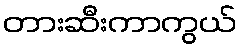
တားဆီးကာကွယ်